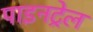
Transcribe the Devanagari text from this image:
पाइनट्रेल